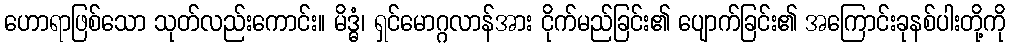
ဟောရာဖြစ်သော သုတ်လည်းကောင်း။ မိဒ္ဓံ၊ ရှင်မောဂ္ဂလာန်အား ငိုက်မည်ခြင်း၏ ပျောက်ခြင်း၏ အကြောင်းခုနစ်ပါးတို့ကို